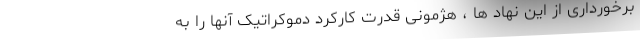
برخورداری از این نهاد ها ، هژمونی قدرت کارکرد دموکراتیک آنها را به